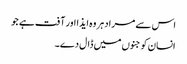
اس سے مراد ہر وہ ایذا اور آفت ہے جو
انسان کو جنوں میں ڈال دے۔